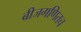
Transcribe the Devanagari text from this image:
बीजगणितच